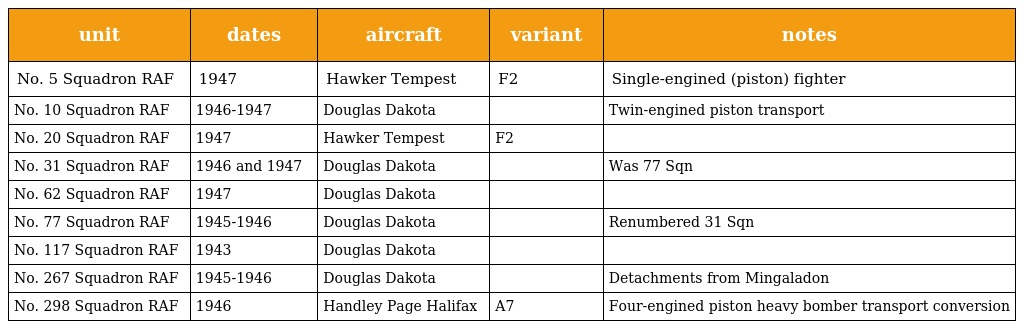
| unit | dates | aircraft | variant | notes |
 | --- | --- | --- | --- | --- |
 | No. 5 Squadron RAF | 1947 | Hawker Tempest | F2 | Single-engined (piston) fighter |
 | No. 10 Squadron RAF | 1946-1947 | Douglas Dakota |  | Twin-engined piston transport |
 | No. 20 Squadron RAF | 1947 | Hawker Tempest | F2 |  |
 | No. 31 Squadron RAF | 1946 and 1947 | Douglas Dakota |  | Was 77 Sqn |
 | No. 62 Squadron RAF | 1947 | Douglas Dakota |  |  |
 | No. 77 Squadron RAF | 1945-1946 | Douglas Dakota |  | Renumbered 31 Sqn |
 | No. 117 Squadron RAF | 1943 | Douglas Dakota |  |  |
 | No. 267 Squadron RAF | 1945-1946 | Douglas Dakota |  | Detachments from Mingaladon |
 | No. 298 Squadron RAF | 1946 | Handley Page Halifax | A7 | Four-engined piston heavy bomber transport conversion |